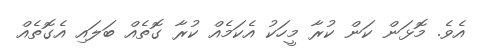
އެވެ. މޮޅަން ކަން ކުރާ މީހަކު އެކަމެއް ކުރާ ގޮތެއް ބަލައި އެގޮތެއް